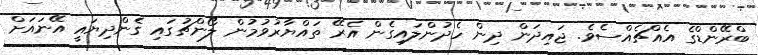
ބްރޭންޑްގެ އެއްޗެއްސެވެ. ޖައިދަން ދިން ހެދުންލައިގެން އެރޭ ތައްޔާރުވުމުން ލޯންޗުގައި ގެންދިޔައީ އޭނައަށް